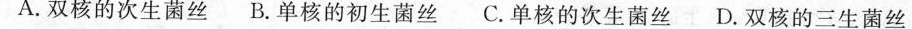
A.双核的次生菌丝 B.单核的初生菌丝 C.单核的次生菌丝 D.双核的三生菌丝